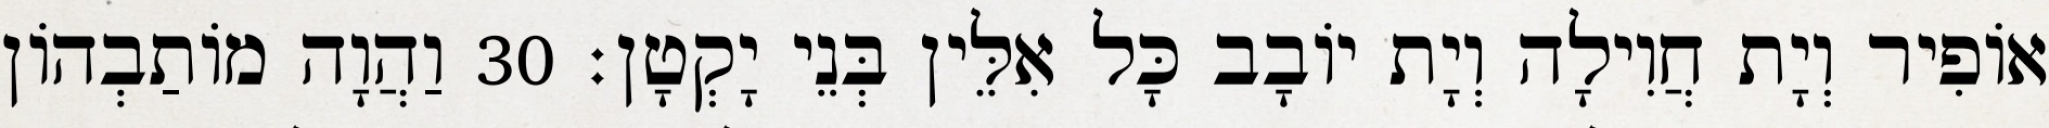
אוֹפִיר וְיָת חֲוִילָה וְיָת יוֹבָב כָּל אִלֵּין בְּנֵי יָקְטָן׃ 30 וַהֲוָה מוֹתַבְהוֹן